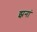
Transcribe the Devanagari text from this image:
झनां